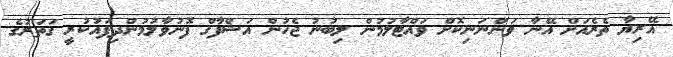
އޭރިޔާ ތެރެއަށް އޭނާ ވަންނަނިކޮށް ވައްޓާލުމުން ލިބުނު ޖެހުން އަޝްފާގް ފޮނުވާލުމުންދިފައުކުރީ ގަތަރުގެ